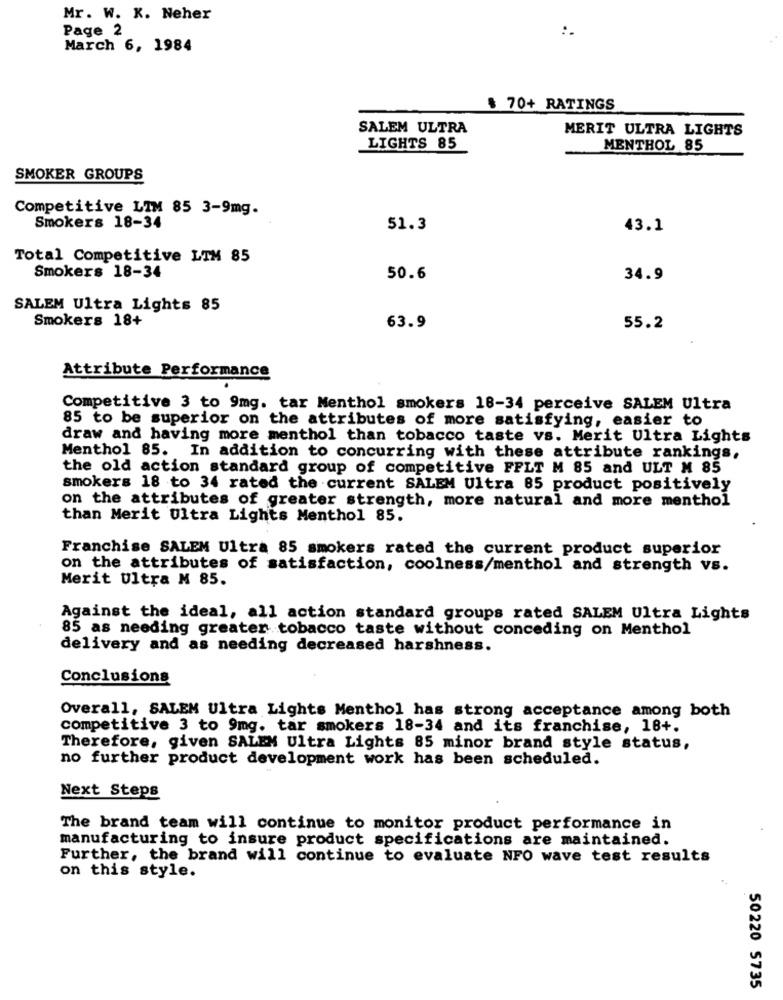
Mr. W. K. Neher
Page 2
:.
March 6, 1984
70+ RATINGS
SALEM ULTRA
MERIT ULTRA LIGHTS
LIGHTS 85
MENTHOL 85
SMOKER GROUPS
Competitive LIM 85 3-9mg.
Smokers 18-34
51.3
43.1
Total Competitive LIM 85
Smokers 18-34
50.6
34.9
SALEM Ultra Lights 85
Smokers 18+
63.9
55.2
Attribute Performance
Competitive 3 to 9mg. tar Menthol smokers 18-34 perceive SALEM Ultra
85 to be superior on the attributes of more satisfying, easier to
draw and having more menthol than tobacco taste vs. Merit Ultra Lights
Menthol 85. In addition to concurring with these attribute rankings,
the old action standard group of competitive FFLT M 85 and ULT M 85
smokers 18 to 34 rated the current SALEM Ultra 85 product positively
on the attributes of greater strength, more natural and more menthol
than Merit Ultra Lights Menthol 85.
Franchise SALEM Ultra 85 smokers rated the current product superior
on the attributes of satisfaction, coolness/menthol and strength vs.
Merit Ultra M 85.
Against the ideal, all action standard groups rated SALEM Ultra Lights
85 as needing greater tobacco taste without conceding on Menthol
delivery and as needing decreased harshness.
Conclusions
Overall, SALEM Ultra Lights Menthol has strong acceptance among both
competitive 3 to 9mg. tar smokers 18-34 and its franchise, 18+.
Therefore, given SALEM Ultra Lights 85 minor brand style status,
no further product development work has been scheduled.
Next Steps
The brand team will continue to monitor product performance in
manufacturing to insure product specifications are maintained.
Further, the brand will continue to evaluate NFO wave test results
on this style.
50220 5735